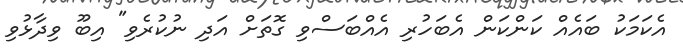
އެކަމަކު ބައެއް ކަންކަން އެބަހުރި އެއްބަސްވި ގޮތަށް އަދި ނުކުރެވި" އިބޫ ވިދާޅުވި